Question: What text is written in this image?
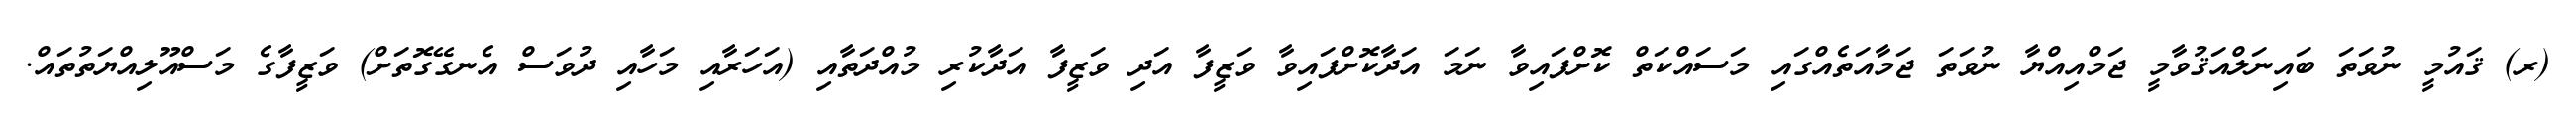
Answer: (ރ) ޤައުމީ ނުވަތަ ބައިނަލްއަޤުވާމީ ޖަމްއިއްޔާ ނުވަތަ ޖަމާއަތެއްގައި މަސައްކަތް ކޮށްފައިވާ ނަމަ އަދާކޮށްފައިވާ ވަޒީފާ އަދި ވަޒީފާ އަދާކުރި މުއްދަތާއި (އަހަރާއި މަހާއި ދުވަސް އެނގޭގޮތަށް) ވަޒީފާގެ މަސްއޫލިއްޔަތުތައް.